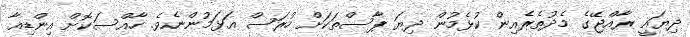
ދިޔައީ ރާއްޖޭގެ މެދުތެރެއިން ކުޅެމުން ދިޔަ ޕާސްތަކަށް ހުރަސް އަޅަމުންނެވެ. ހާއްސަކޮށް އިންޑިއާ